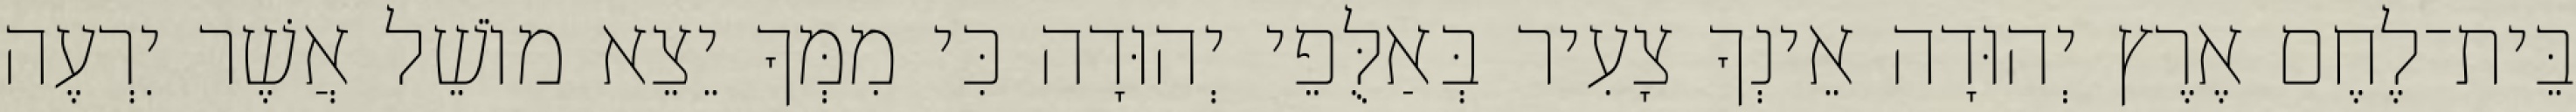
בֵּית־לֶחֶם אֶרֶץ יְהוּדָה אֵינְךָ צָעִיר בְּאַלֻּפֵי יְהוּדָה כִּי מִמְּךָ יֵצֵא מוֹשֵׁל אֲשֶׁר יִרְעֶה